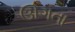
ઊગતા